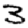
Digit: 3